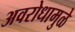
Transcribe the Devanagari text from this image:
अवरोधामुळे